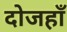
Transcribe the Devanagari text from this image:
दोजहाँ